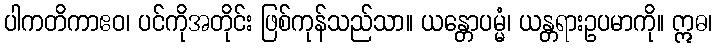
ပါကတိကာဧဝ၊ ပင်ကိုအတိုင်း ဖြစ်ကုန်သည်သာ။ ယန္တောပမ္မံ၊ ယန္တရားဥပမာကို။ ဣဓ၊